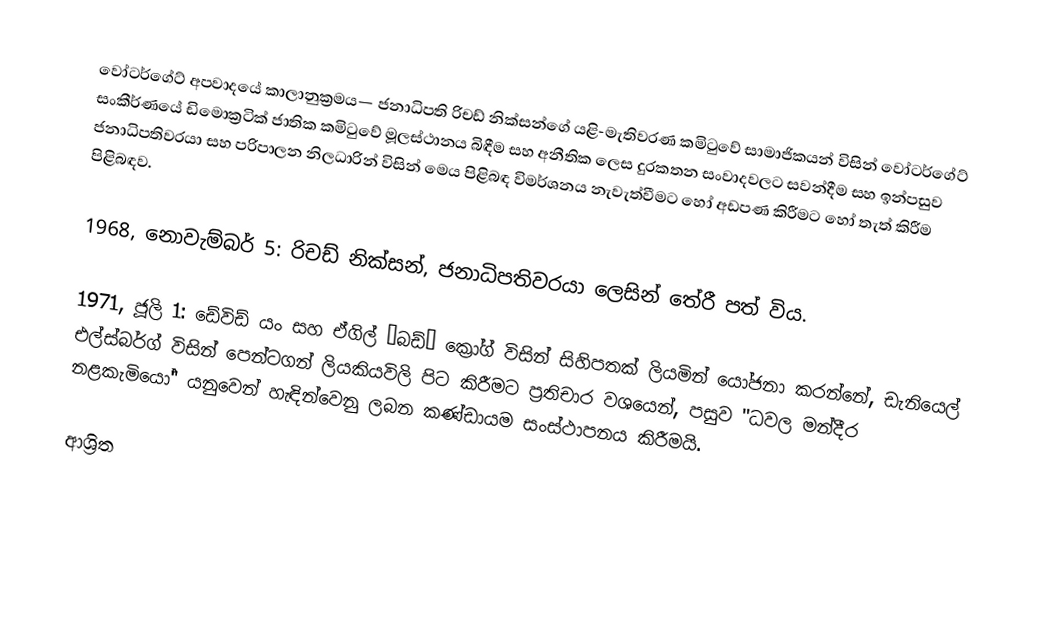
වෝටර්ගේට්  අපවාදයේ කාලානුක්‍රමය— ජනාධිපති රිචඩ් නික්සන්ගේ  යළි-මැතිවරණ කමිටුවේ සාමාජිකයන් විසින්  වෝටර්ගේට් සංකීර්ණයේ  ඩිමොක්‍රටික් ජාතික කමිටුවේ මූලස්ථානය බිඳීම සහ අනීතික ලෙස දුරකතන සංවාදවලට සවන්දීම සහ ඉන්පසුව ජනාධිපතිවරයා සහ පරිපාලන නිලධාරින් විසින් මෙය පිළිබඳ විමර්ශනය නැවැත්වීමට හෝ අඩපණ කිරීමට හෝ තැත් කිරීම පිළිබඳව.

1968, නොවැම්බර් 5: රිචඩ් නික්සන්, ජනාධිපතිවරයා ලෙසින් තේරී පත් විය.

 1971, ජූලි 1: ඩේවිඩ් යං සහ  ඒගිල් “බඩ්” ක්‍රෝග් විසින් සිහිපතක්  ලියමින් යෝජනා කරන්නේ, ඩැනියෙල් එල්ස්බර්ග් විසින් පෙන්ටගන් ලියකියවිලි පිට කිරීමට ප්‍රතිචාර වශයෙන්, පසුව "ධවල මන්දීර නළකැමියෝ" යනුවෙන් හැඳින්වෙනු ලබන කණ්ඩායම සංස්ථාපනය කිරීමයි.

ආශ්‍රිත